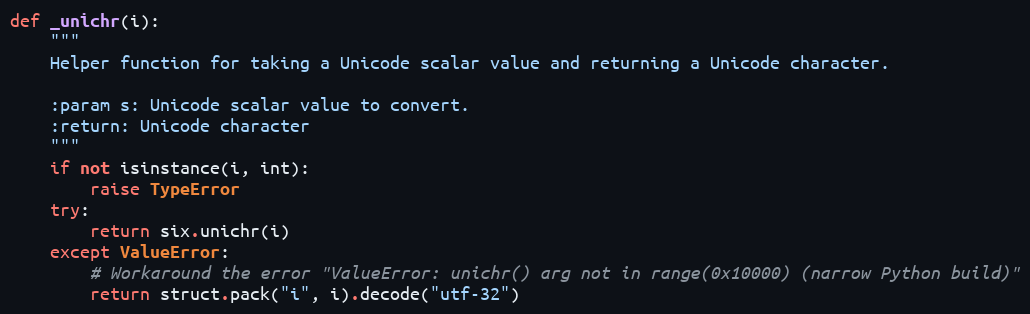
Language: Python
def _unichr(i):
    """
    Helper function for taking a Unicode scalar value and returning a Unicode character.

    :param s: Unicode scalar value to convert.
    :return: Unicode character
    """
    if not isinstance(i, int):
        raise TypeError
    try:
        return six.unichr(i)
    except ValueError:
        # Workaround the error "ValueError: unichr() arg not in range(0x10000) (narrow Python build)"
        return struct.pack("i", i).decode("utf-32")